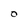
Character: O